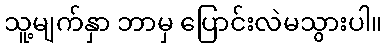
သူ့မျက်နှာ ဘာမှ ပြောင်းလဲမသွားပါ။